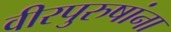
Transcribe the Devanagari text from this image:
वीरपुरुषांना